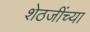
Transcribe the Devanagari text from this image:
शेठजींच्या